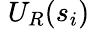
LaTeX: \; U_{R}(s_{i})